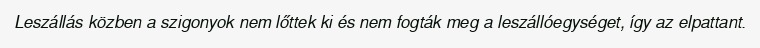
Leszállás közben a szigonyok nem lőttek ki és nem fogták meg a leszállóegységet, így az elpattant.